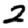
Digit: 2